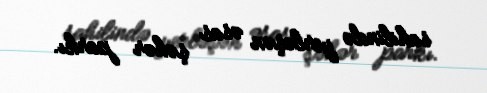
sahilində yerləşən əsas şəhər parkı.